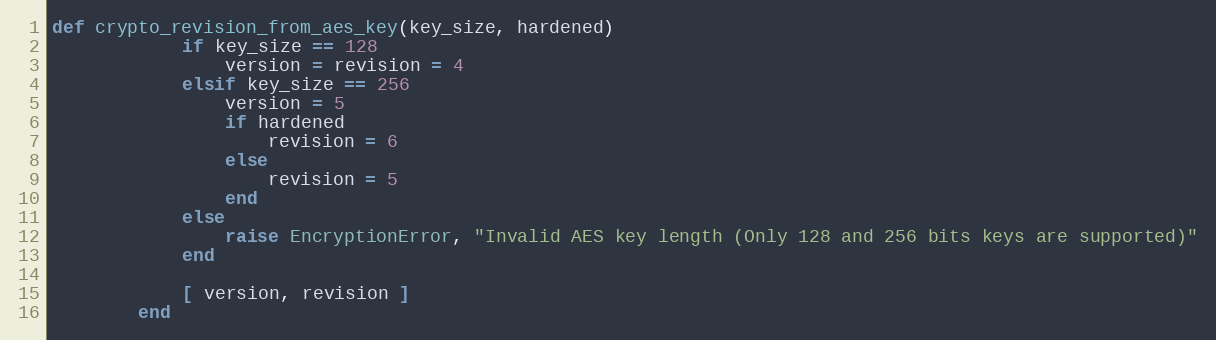
Language: Ruby
def crypto_revision_from_aes_key(key_size, hardened)
            if key_size == 128
                version = revision = 4
            elsif key_size == 256
                version = 5
                if hardened
                    revision = 6
                else
                    revision = 5
                end
            else
                raise EncryptionError, "Invalid AES key length (Only 128 and 256 bits keys are supported)"
            end

            [ version, revision ]
        end